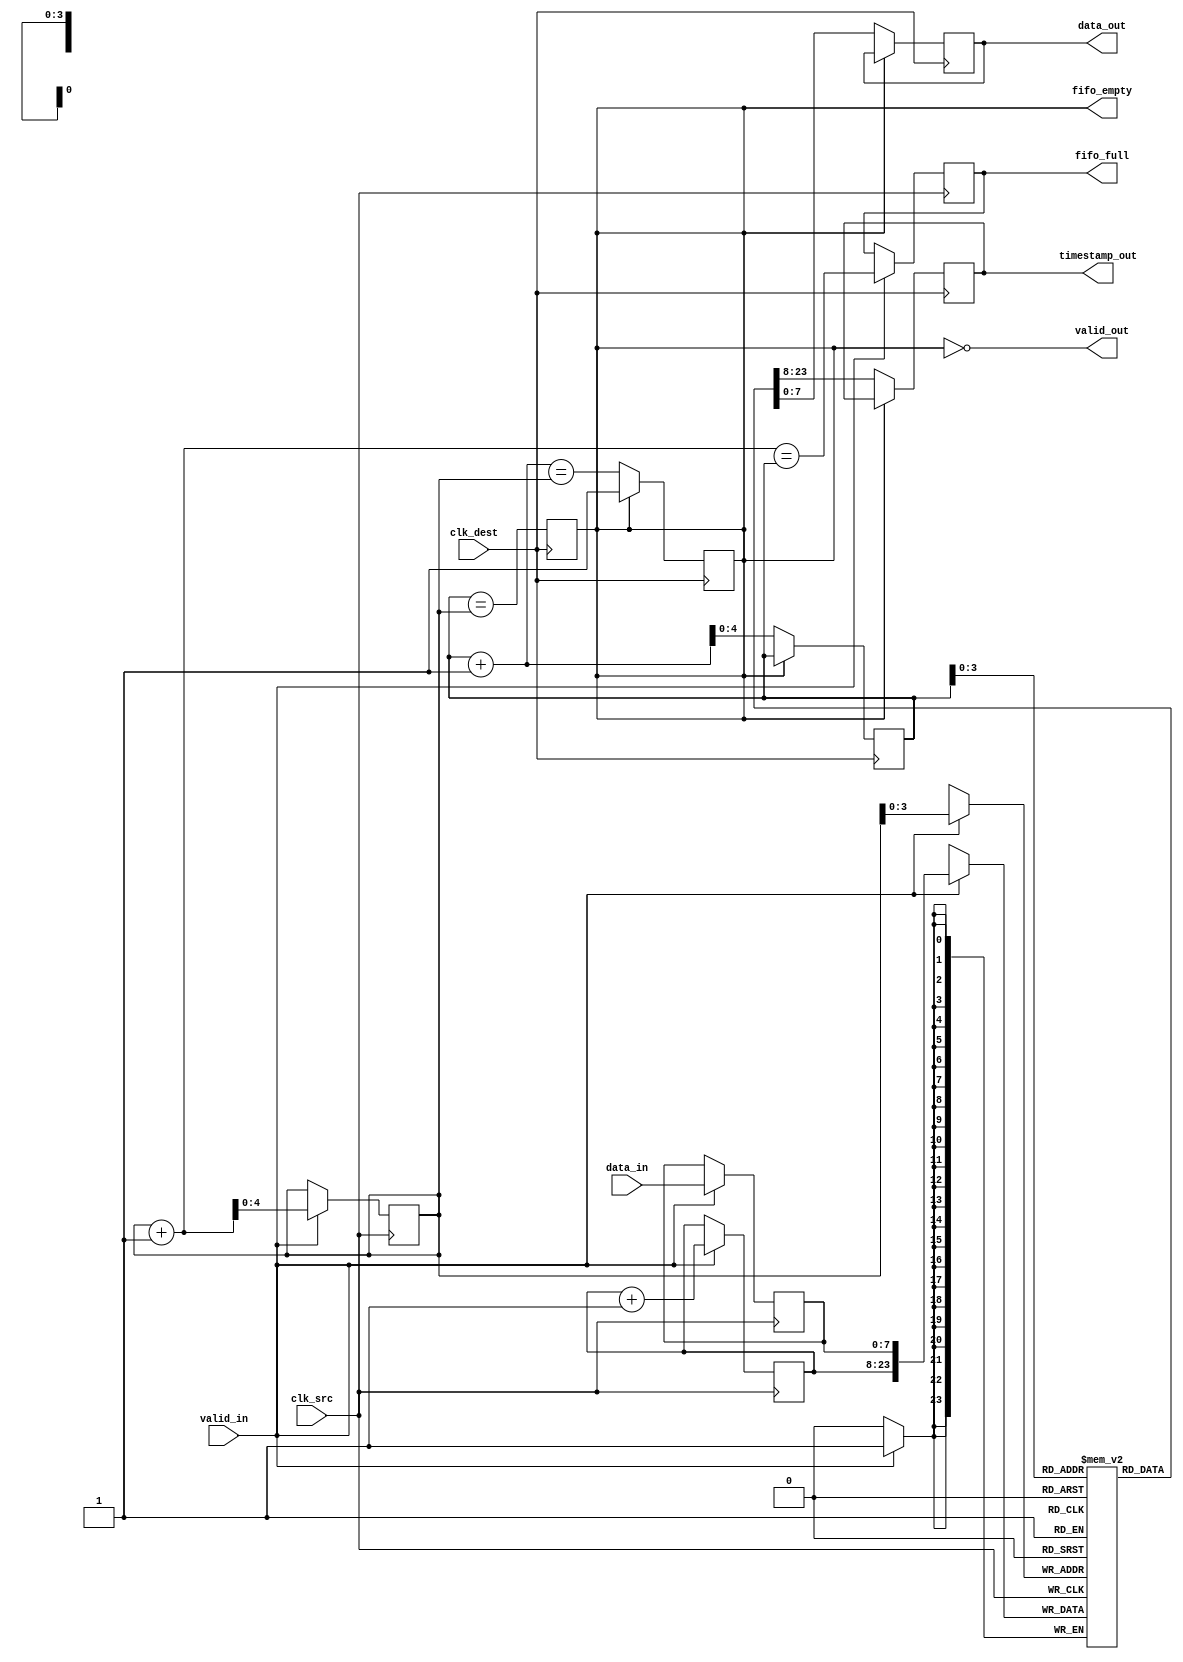
module time_stamped_synchronizer #(
    parameter DATA_WIDTH = 8,
    parameter TIMESTAMP_WIDTH = 16,
    parameter FIFO_DEPTH = 16
) (
    input wire clk_src,                // Source clock
    input wire clk_dest,               // Destination clock
    input wire [DATA_WIDTH-1:0] data_in, // Input data
    input wire valid_in,               // Valid input signal
    output wire [DATA_WIDTH-1:0] data_out, // Output data
    output wire [TIMESTAMP_WIDTH-1:0] timestamp_out, // Output timestamp
    output wire valid_out,             // Valid output signal
    output wire fifo_full,             // FIFO full indicator
    output wire fifo_empty             // FIFO empty indicator
);

    // Internal signals
    reg [DATA_WIDTH-1:0] data_reg;
    reg [TIMESTAMP_WIDTH-1:0] timestamp;
    
    // FIFO memory implementation
    reg [DATA_WIDTH + TIMESTAMP_WIDTH - 1:0] fifo [0:FIFO_DEPTH-1];
    reg [$clog2(FIFO_DEPTH):0] write_ptr, read_ptr;
    reg fifo_full_reg, fifo_empty_reg;

    // Input Module: Latch incoming data on source clock
    always @(posedge clk_src) begin
        if (valid_in) begin
            data_reg <= data_in;
            timestamp <= timestamp + 1; // Increment timestamp
            fifo[write_ptr] <= {timestamp, data_reg}; // Concatenate timestamp and data
            write_ptr <= write_ptr + 1;
            fifo_full_reg <= (write_ptr + 1) == read_ptr; // Check FIFO full condition
        end
    end

    // Output Module: Read data from FIFO on destination clock
    always @(posedge clk_dest) begin
        if (!fifo_empty_reg) begin
            {timestamp_out, data_out} <= fifo[read_ptr];
            read_ptr <= read_ptr + 1;
            fifo_empty_reg <= (read_ptr + 1) == write_ptr; // Check FIFO empty condition
        end
    end

    // FIFO Status Management
    assign fifo_full = fifo_full_reg;
    assign fifo_empty = fifo_empty_reg;
    assign valid_out = !fifo_empty_reg;

    // Synchronization Logic
    always @(posedge clk_src) begin
        if (valid_in) begin
            fifo_full_reg <= (write_ptr + 1 == read_ptr);
        end
    end

    always @(posedge clk_dest) begin
        fifo_empty_reg <= (read_ptr == write_ptr);
    end

    // Reset logic for pointers (not shown in original description; typically included)
    initial begin
        write_ptr = 0;
        read_ptr = 0;
        fifo_full_reg = 0;
        fifo_empty_reg = 1;
        timestamp = 0;
    end

endmodule